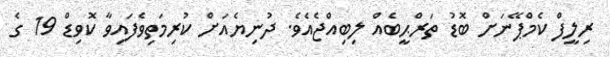
ރިލީފް ކެމްޕޭނަށް ބޮޑު ތަރްޙީބެއް ލިބިއްޖެއެވެ. ދުނިޔެއަށް ކުރިމަތިވެފައިވާ ކޮވިޑް 19 ގެ